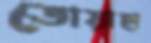
তোয়াহা